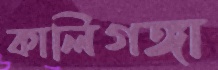
কালিগঙ্গা